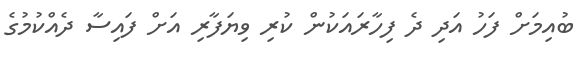
ބުއިމަށް ފަހު އަދި ދެ ފިހާރައަކުން ކުރި ވިޔަފާރި އަށް ފައިސާ ދެއްކުމުގެ